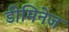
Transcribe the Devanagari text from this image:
डीमिनेज